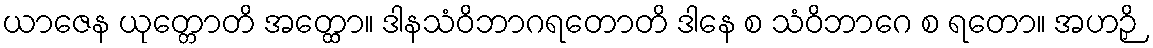
ယာဇေန ယုတ္တောတိ အတ္ထော။ ဒါနသံဝိဘာဂရတောတိ ဒါနေ စ သံဝိဘာဂေ စ ရတော။ အဟဉှိ